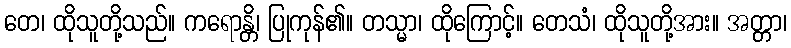
တေ၊ ထိုသူတို့သည်။ ကရောန္တိ၊ ပြုကုန်၏။ တသ္မာ၊ ထိုကြောင့်။ တေသံ၊ ထိုသူတို့အား။ အတ္တာ၊